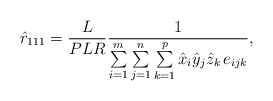
\begin{align*}\hat{r}_{111}=\frac{L}{PLR}\frac{1}{\sum\limits_{i=1}^m \sum\limits_{j=1}^n \sum\limits_{k=1}^p {\hat{x}_{i}\hat{y}_{j}\hat{z}_{k}\thinspace e_{ijk}} },\end{align*}